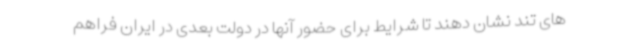
های تند نشان دهند تا شرایط برای حضور آنها در دولت بعدی در ایران فراهم